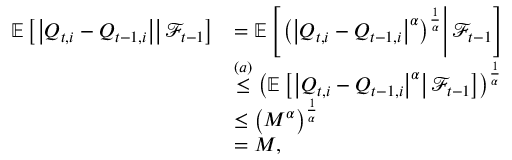
\begin{array} { r l } { \mathbb E \left[ \left. \left\lvert Q _ { t , i } - Q _ { t - 1 , i } \right\rvert \right\rvert \mathcal F _ { t - 1 } \right] } & { = \mathbb E \left[ \left. \left( \left\lvert Q _ { t , i } - Q _ { t - 1 , i } \right\rvert ^ { \alpha } \right) ^ { \frac 1 \alpha } \right\rvert \mathcal F _ { t - 1 } \right] } \\ & { \stackrel { ( a ) } \le \left( \mathbb E \left[ \left. \left\lvert Q _ { t , i } - Q _ { t - 1 , i } \right\rvert ^ { \alpha } \right\rvert \mathcal F _ { t - 1 } \right] \right) ^ { \frac 1 \alpha } } \\ & { \le \left( M ^ { \alpha } \right) ^ { \frac 1 \alpha } } \\ & { = M , } \end{array}